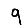
Digit: 9